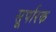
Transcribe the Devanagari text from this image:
सूर्पारक